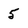
Character: 5